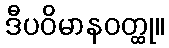
ဒီပဝိမာနဝတ္ထု။